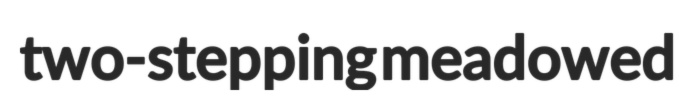
two-stepping meadowed